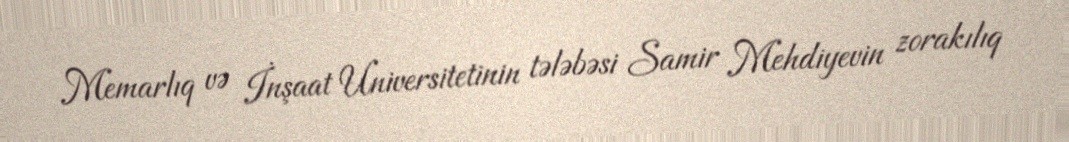
Memarlıq və İnşaat Universitetinin tələbəsi Samir Mehdiyevin zorakılıq